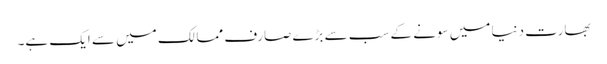
بھارت دنیا میں سونے کے سب سے بڑے صارف ممالک میں سے ایک ہے۔